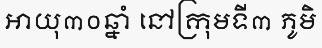
អាយុ៣០ឆ្នាំ នៅក្រុមទី៣ ភូមិ